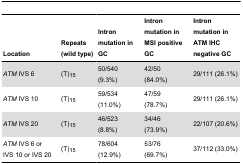
| Location | Repeats (wild type) | Intron mutation in GC | Intron mutation in MSI positive GC | Intron mutation in ATM IHC negative GC |
 | --- | --- | --- | --- | --- |
 | ATM IVS 6 | (T)15 | 50/540 (9.3%) | 42/50 (84.0%) | 29/111 (26.1%) |
 | ATM IVS 10 | (T)15 | 59/534 (11.0%) | 47/59 (78.7%) | 29/111 (26.1%) |
 | ATM IVS 20 | (T)15 | 46/523 (8.8%) | 34/46 (73.9%) | 22/107 (20.6%) |
 | ATM IVS 6 or IVS 10 or IVS 20 | (T)15 | 78/604 (12.9%) | 53/76 (69.7%) | 37/112 (33.0%) |